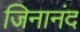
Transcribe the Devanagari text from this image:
जिनानंद